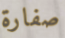
صفارة